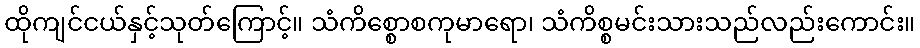
ထိုကျင်ငယ်နှင့်သုတ်ကြောင့်။ သံကိစ္စောစကုမာရော၊ သံကိစ္စမင်းသားသည်လည်းကောင်း။